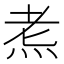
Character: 𪸦